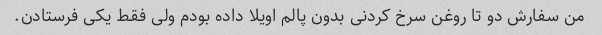
من سفارش دو تا روغن سرخ کردنی بدون پالم اویلا داده بودم ولی فقط یکی فرستادن.